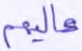
عاليهم